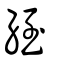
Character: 絰